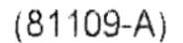
(81109-A)